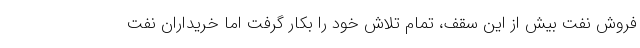
فروش نفت بیش از این سقف، تمام تلاش خود را بکار گرفت اما خریداران نفت